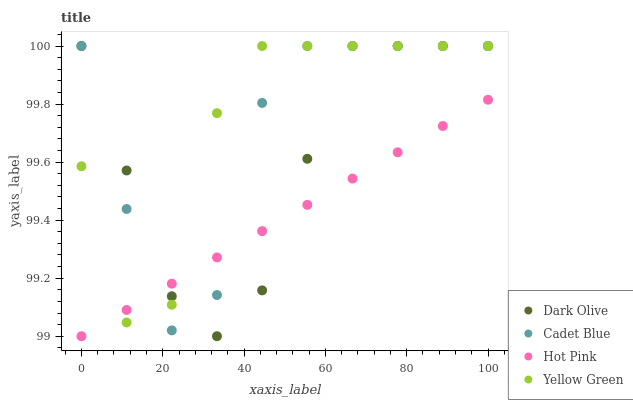
| xaxis_label | Dark Olive | Cadet Blue | Hot Pink | Yellow Green |
 | --- | --- | --- | --- | --- |
 | 0 | 100 | 100 | 99 | 99.6 |
 | 11.1 | 99.6 | 99.4 | 99.1 | 99 |
 | 22.2 | 99.1 | 99 | 99.2 | 99.1 |
 | 33.3 | 99 | 99.1 | 99.3 | 99.8 |
 | 44.4 | 99.2 | 99.8 | 99.4 | 100 |
 | 55.6 | 99.6 | 100 | 99.5 | 100 |
 | 66.7 | 100 | 100 | 99.5 | 100 |
 | 77.8 | 100 | 100 | 99.6 | 100 |
 | 88.9 | 100 | 100 | 99.7 | 100 |
 | 100 | 100 | 100 | 99.8 | 100 |